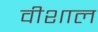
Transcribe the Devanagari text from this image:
वीशाल